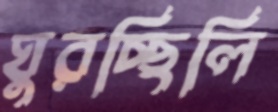
ঘুরচ্ছিলি